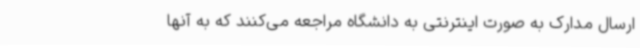
ارسال مدارک به صورت اینترنتی به دانشگاه مراجعه می‌کنند که به آنها